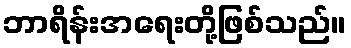
ဘာရိန်းအရေးတို့ဖြစ်သည်။